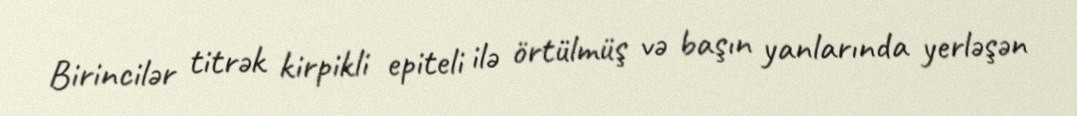
Birincilər titrək kirpikli epiteli ilə örtülmüş və başın yanlarında yerləşən